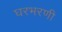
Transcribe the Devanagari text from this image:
घरभरणी